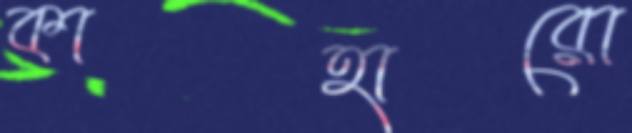
কাহারো